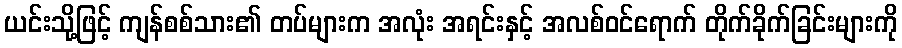
ယင်းသို့ဖြင့် ကျန်စစ်သား၏ တပ်များက အလုံး အရင်းနှင့် အလစ်ဝင်ရောက် တိုက်ခိုက်ခြင်းများကို